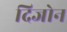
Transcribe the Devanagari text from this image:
दिजोन